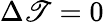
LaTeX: \Delta\mathscr{T}=0